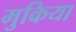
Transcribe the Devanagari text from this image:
मुकिया